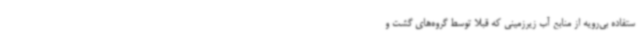
ستفاده بی‌رویه از منابع آب زیرزمینی که قبلاً توسط گروه‌های گشت و